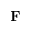
\mathbf { F }